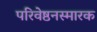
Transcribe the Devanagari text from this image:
परिवेष्ठनस्मारक